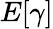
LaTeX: E[\gamma]